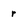
Character: r